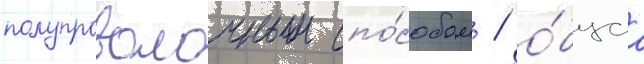
полупроволочным спо́собом / о́бщаа